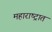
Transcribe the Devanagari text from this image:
महाराष्‍ट्रात